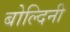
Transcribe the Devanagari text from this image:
बोल्दिनी